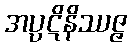
အပ္ပဋိနိဿဇ္ဇ